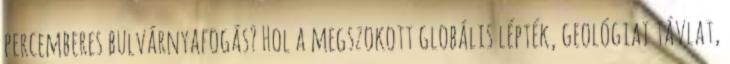
percemberes bulvárnyafogás? Hol a megszokott globális lépték, geológiai távlat,